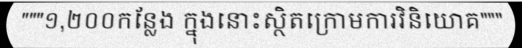
"""១,២០០កន្លែង ក្នុងនោះស្ថិតក្រោមការវិនិយោគ"""